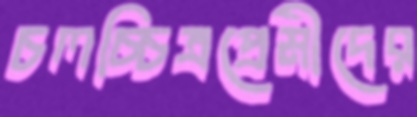
চলচ্চিত্রপ্রেমীদের